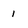
Character: i